Lunatic asylums Central Provinces reports 1886-1894 - 1886-1894
Year: 1886
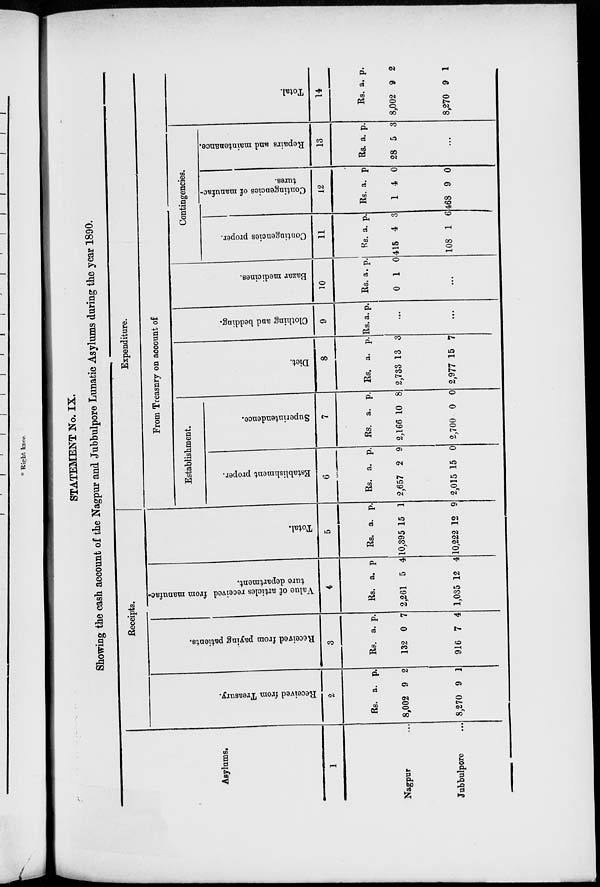
STATEMENT No. IX.
Showing the cash account of the Nagpur and Jubbulpore Lunatic Asylums during the year 1890.
Asylums.
1
Nagpur ...
Jubbulpore ...
Receipts.
Received from Treasury.
2
Rs.
8,002
8,270
a.
9
9
p.
2
1
Received from paying patients.
3
Rs.
132
916
a.
0
7
p.
7
4
Value of articles received from manufac-
ture department.
4
Rs.
2,261
1,035
a.
5
12
p.
4
4
Total.
5
Rs.
10,395
10,222
a.
15
12
p.
1
9
Expenditure.
From Treasnry on account of
Establishment.
Establishment proper.
6
Rs.
2,657
2,015
a.
2
15
p.
9
0
Superintendence.
7
Rs.
2,166
2,700
a.
10
0
p.
8
0
Diet.
8
Rs.
2,733
2,977
a.
13
15
p.
3
7
Clothing and bedding.
9
Rs. a. p.
...
...
Bazar medicines.
10
Rs.
0
a.
1
p.
0
...
Contingencies.
Contingencies proper.
11
Rs.
415
108
a.
4
1
p.
3
6
Contingencies of manufac-
tures.
12
Rs
1
468
a.
4
9
p.
0
0
Repairs and maintenance.
13
Rs.
28
a.
5
p.
3
...
Total.
14
Rs.
8,002
8,270
a.
9
9
p.
2
1